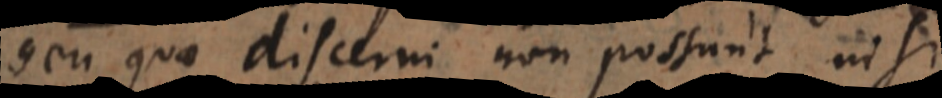
seu quae discerni non possunt nisi